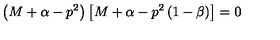
\left( M + \alpha - p ^ { 2 } \right) \left[ M + \alpha - p ^ { 2 } \left( 1 - \beta \right) \right] = 0